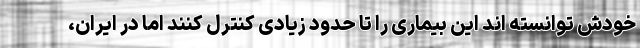
خودش توانسته اند این بیماری را تا حدود زیادی کنترل کنند اما در ایران،